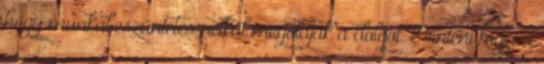
hogy munkabeszüntetés nélkül megoldják a dolgot. Érinteni fogja a